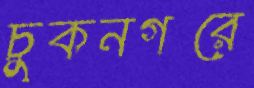
চুকনগরে